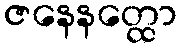
ဇနေနတ္ထော